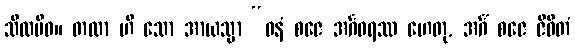
သီလမိဝ။ တထာ ဟိ သော အာယသ္မာ “ဓနံ စဇေ အင်္ဂဝရဿ ဟေတု, အင်္ဂံ စဇေ ဇီဝိတံ